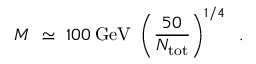
M \ \simeq \ 1 0 0 \: \mathrm { G e V } \ \left( \frac { 5 0 } { N _ { \mathrm { t o t } } } \right) ^ { 1 / 4 } \; \; .